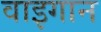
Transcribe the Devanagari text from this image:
वाइगान